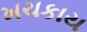
ખચકાય